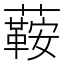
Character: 𧁟